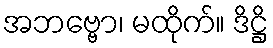
အဘဗ္ဗော၊ မထိုက်။ ဒိဋ္ဌိ